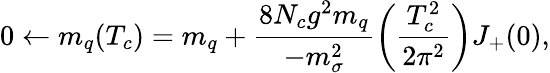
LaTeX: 0\leftarrow m_{q}(T_{c})=m_{q}+\frac{8N_{c}g^{2}m_{q}}{-m_{\sigma}^{2}}\left(\frac{T_{c}^{2}}{2\pi^{2}}\right)J_{+}(0),